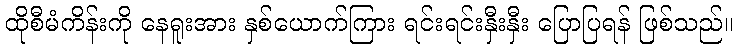
ထိုစီမံကိန်းကို နေရူးအား နှစ်ယောက်ကြား ရင်းရင်းနှီးနှီး ပြောပြရန် ဖြစ်သည်။